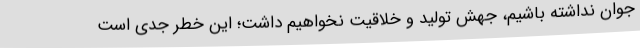
جوان نداشته باشیم، جهش تولید و خلاقیت نخواهیم داشت؛ این خطر جدی است